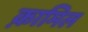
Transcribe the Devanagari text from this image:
क़ामिल